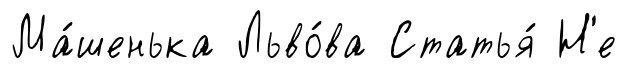
Ма́шенька Льво́ва Статья́ Н'е